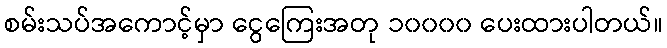
စမ်းသပ်အကောင့်မှာ ငွေကြေးအတု ၁၀၀၀၀ ပေးထားပါတယ်။